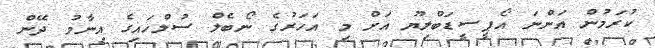
ކުރަމުން އަންނަ އޯޕީސީޑަބްލިޔޫ އަށް މި އަހަރުގެ ނޯބެލް ސުލްހައިގެ އިނާމު ދޭން